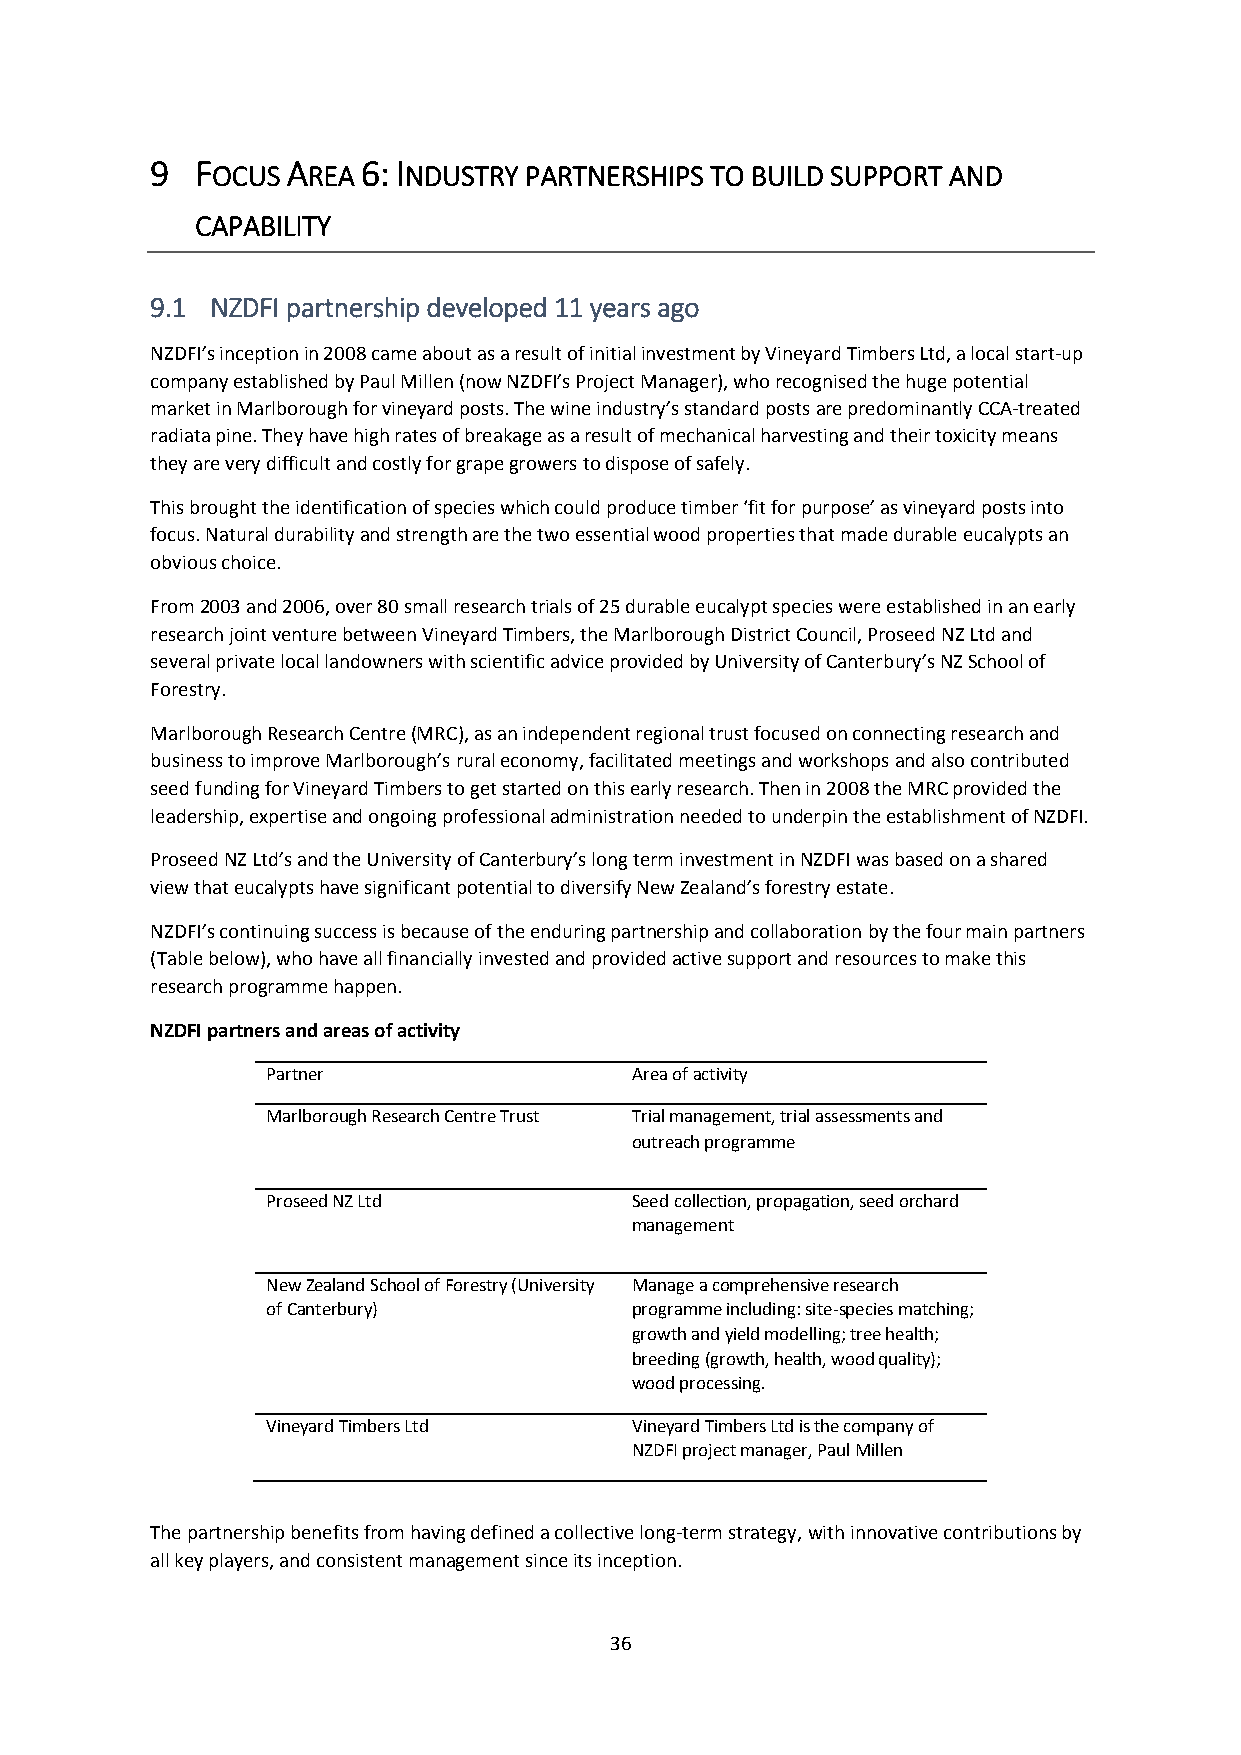
9  FOCUS AREA 6: INDUSTRY PARTNERSHIPS TO BUILD SUPPORT AND
 CAPABILITY
 9.1 NZDFI partnership developed 11 years ago
 NZDFI’s inception in 2008 came about as a result of initial investment by Vineyard Timbers Ltd, a local start-up
 company established by Paul Millen (now NZDFI’s Project Manager), who recognised the huge potential
 market in Marlborough for vineyard posts. The wine industry’s standard posts are predominantly CCA-treated
 radiata pine. They have high rates of breakage as a result of mechanical harvesting and their toxicity means
 they are very difficult and costly for grape growers to dispose of safely.
 This brought the identification of species which could produce timber ‘fit for purpose’ as vineyard posts into
 focus. Natural durability and strength are the two essential wood properties that made durable eucalypts an
 obvious choice.
 From 2003 and 2006, over 80 small research trials of 25 durable eucalypt species were established in an early
 research joint venture between Vineyard Timbers, the Marlborough District Council, Proseed NZ Ltd and
 several private local landowners with scientific advice provided by University of Canterbury’s NZ School of
 Forestry.
 Marlborough Research Centre (MRC), as an independent regional trust focused on connecting research and
 business to improve Marlborough’s rural economy, facilitated meetings and workshops and also contributed
 seed funding for Vineyard Timbers to get started on this early research. Then in 2008 the MRC provided the
 leadership, expertise and ongoing professional administration needed to underpin the establishment of NZDFI.
 Proseed NZ Ltd’s and the University of Canterbury’s long term investment in NZDFI was based on a shared
 view that eucalypts have significant potential to diversify New Zealand’s forestry estate.
 NZDFI’s continuing success is because of the enduring partnership and collaboration by the four main partners
 (Table below), who have all financially invested and provided active support and resources to make this
 research programme happen.
 NZDFI partners and areas of activity
 Partner                 Area of activity
 Marlborough Research Centre Trust Trial management, trial assessments and
 outreach programme
 Proseed NZ Ltd          Seed collection, propagation, seed orchard
 management
 New Zealand School of Forestry (University Manage a comprehensive research
 of Canterbury)          programme including: site-species matching;
 growth and yield modelling; tree health;
 breeding (growth, health, wood quality);
 wood processing.
 Vineyard Timbers Ltd    Vineyard Timbers Ltd is the company of
 NZDFI project manager, Paul Millen
 The partnership benefits from having defined a collective long-term strategy, with innovative contributions by
 all key players, and consistent management since its inception.
 36